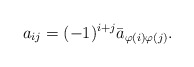
\begin{align*}a_{ij}=(-1)^{i+j}\bar{a}_{\varphi(i)\varphi(j)}.\end{align*}